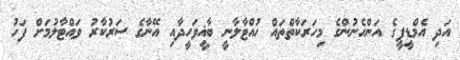
އަދި އެމްޑީޕީގެ އަންހެނުންގެ މިހަރަކާތްތައް ހުއްޓާލާނީ ބާޣީވަހީދާއި އޭނާގެ ސަރުކާރު ވައްޓާލުމަށް ފަހު